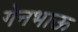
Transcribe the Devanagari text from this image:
गेनभाऊ